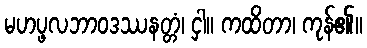
မဟပ္ဖလဘာဝဒဿနတ္တံ၊ ငှါ။ ကထိတာ၊ ကုန်၏။